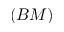
( B M )